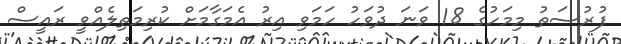
ފުރުސަތު މިމަހުގެ 18 ވަނަ ދުވަހު ހަމަވި އިރު އެމަގާމަށް ކުރިމަތިލެއްވީ ރައީސް